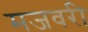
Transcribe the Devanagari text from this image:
मजवरी